Annual administration report of the Civil Veterinary Department, Ajmere-Merwara, British Rajputana - 1914-1940
Year: 1914
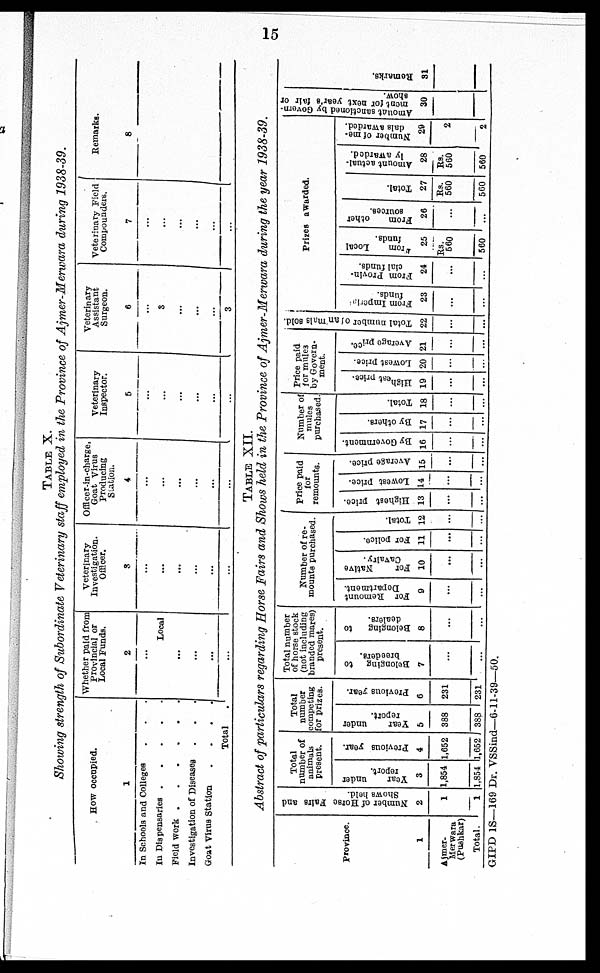
15
TABLE X.
Showing strength of Subordinate Veterinary staff employed in the Province of Ajmer-Merwara during 1938-39.
How occupied.
1
In Schools and Colleges . . .
In Dispensaries
.
.
.
.
.
Field work
.
.
.
.
.
.
Investigation of Diseases . . .
Goat Virus Station
.
.
.
.
Total
.
Whether paid from
Provincial or
Local Funds.
2
...
Local
...
...
...
...
Veterinary-
Investigation.
Officer.
3
...
...
...
...
...
...
Officer-in-charge,
Goat Virus
Producing
Station.
4
...
...
...
...
...
...
Veterinary
Inspector.
5
...
...
...
...
...
...
Veterinary
Assistant
Surgeon.
6
...
3
...
...
...
3
Veterinary Field
Compounders.
7
...
...
...
...
...
...
Remarks.
8
Table XII.
Abstract of particulars regarding Horse Fairs and Shows held in the Province of Ajmer-Merwara during the year 1938-39.
Province.
1
Ajmer-
Merwara
(Pushkar)
Total.
Number of Horse Fairs and
Shows held.
2
1
1
Total
number of
animals
present.
Year
under
report.
3
1,854
1,854
Previous year.
4
1,652
1,652
Total
number
competing
for prizes.
Year
under
report.
5
388
388
Provious year.
6
231
231
Total number
of horse stock
(not including
branded mares)
present.
Belonging
to
breeders.
7
...
...
Belonging
to
dealers.
8
...
...
Number of re-
mounts purchased.
For Remount
Department.
9
...
...
For
Native
Cavalry.
10
...
...
For police.
11
...
...
Total.
12
...
...
Price paid
for
remounts.
Highest price.
13
...
...
Lowest price.
14
...
...
Average price.
15
...
...
Number of
mules
purchased.
By Government.
16
...
...
By others.
17
...
...
Total.
18
...
...
Price paid
for mules
by Govern-
ment.
Highest price.
19
...
...
Lowest price.
20
...
...
Average price.
21
...
...
Total number of animals sold.
22
...
...
Prizes awarded.
From Imperta
funds.
23
...
...
From Provin-
cial funds.
24
...
...
From
Local
funds.
25
Rs.
560
560
From
other
sources.
26
...
...
Total.
27
Rs.
560
560
Amount actual-
ly awarded.
28
Rs.
560
560
Number of me-
dals awarded.
29
2
2
Amount sanctioned by Govern-
ment for next year's fair or
show.
30
Remarks.
31
GIPD 1S—169 Dr. VSSind—6-11-39—50.